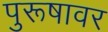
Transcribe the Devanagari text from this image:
पुरूषावर